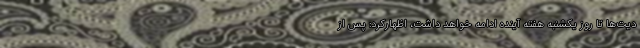
دیت‌ها تا روز یکشنبه هفته آینده ادامه خواهد داشت، اظهارکرد: پس از